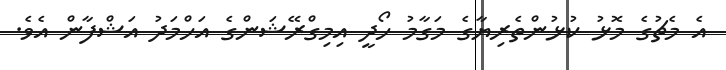
އެ މެޗުގެ މޮޅު ކުޅުންތެރިޔާގެ މަގާމު ހޯދީ އިމިގްރޭޝަންގެ އަހްމަދު އަޝްފާން އެވެ.